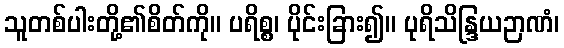
သူတစ်ပါးတို့၏စိတ်ကို။ ပရိစ္စ၊ ပိုင်းခြား၍။ ပုရိသိန္ဒြယဉာဏံ၊